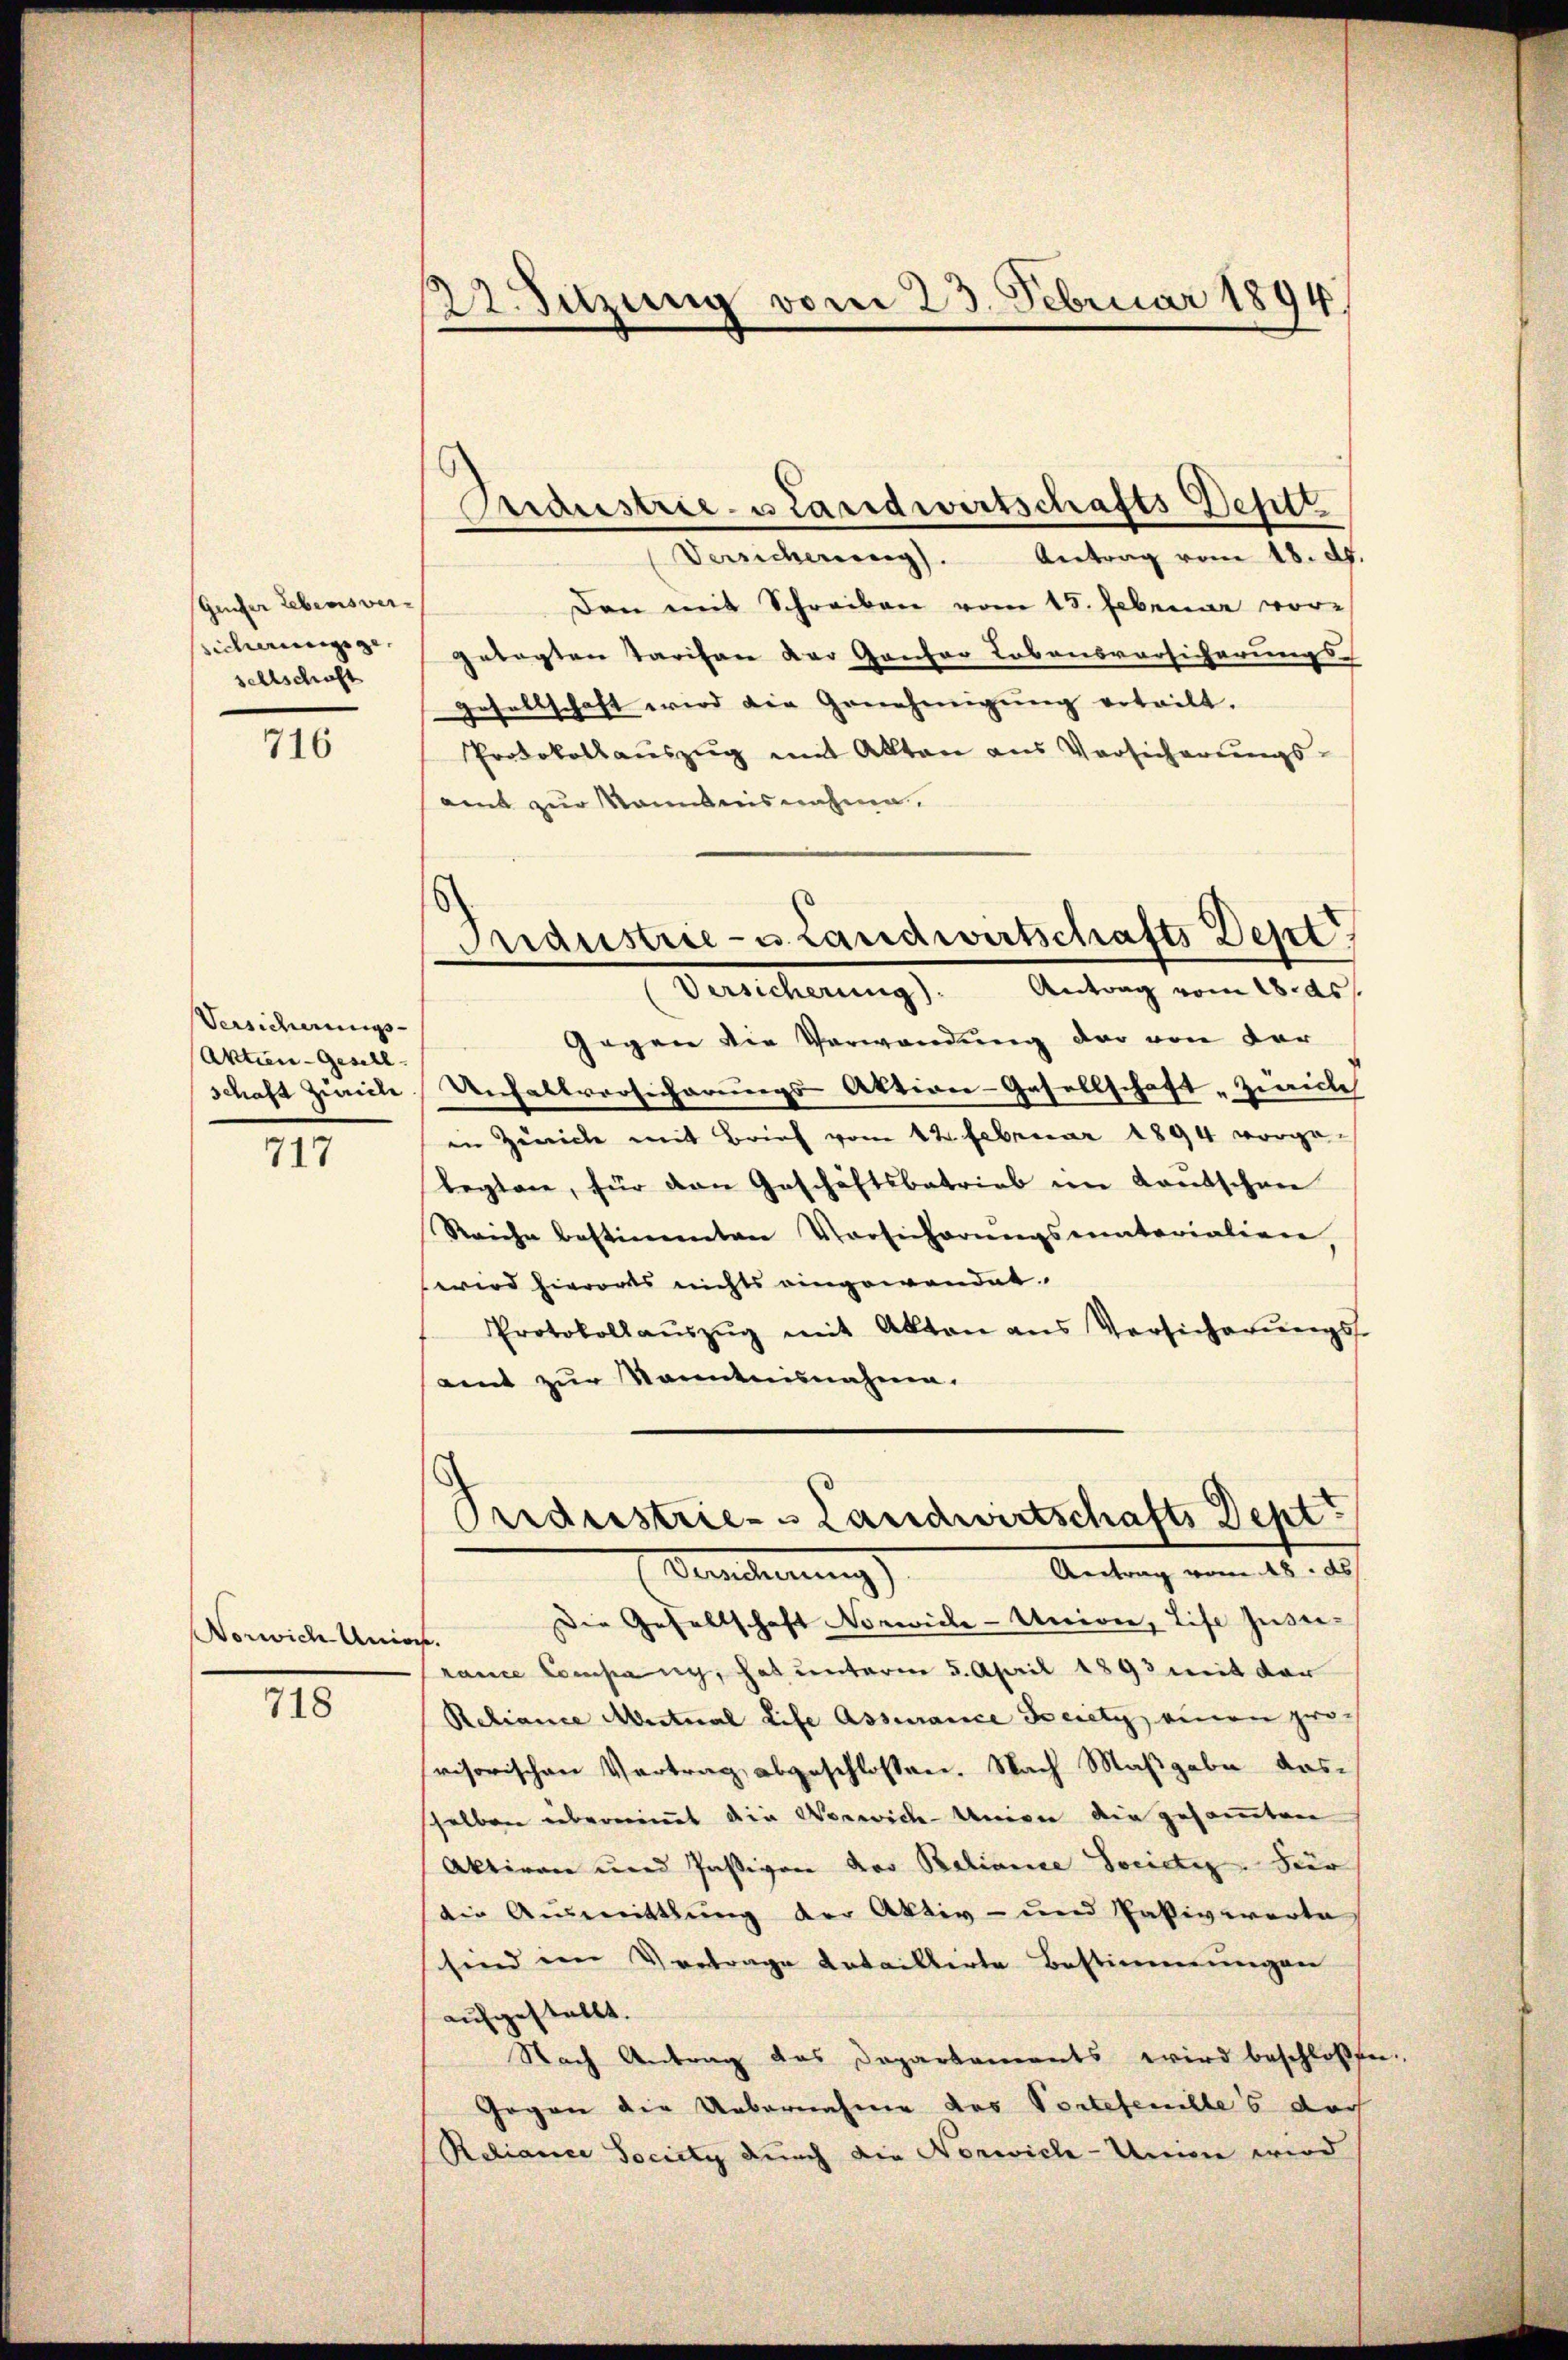
Geifer Lebensver-
sicherungsge- |
sehlschaft

716

Versicherungs-
Aktien-Gesell
schaft Zürich

717

Vorwich Unio

718

22. Sitzung vom 23. Februar 1894

idustrie- & Landwirtschafts Destt
Versicherung).
Antrag vom 18. d.
Den mit Schreiben vom 15. Februar vor-
getagten Tarifen der Ganzer Lobensversicherungs-
gesellschaft wird die Genehmigŭng erteilt.
Protokollauszug mit Alten aus Vorsicherungssamt zur Kenntnisnahme.
Gegen die Verwandung der von der
Denfallversicherungs-Aktion-Gesellschaft „Zwicke
in Zürich mit Brief vom 12. Februar 1894 vorga-
legten, für den Geschäftsbetrieb im Kantschnee
Reiche bestimmten Vorsicherŭngsmaterialien,
wird hierorts nichts eingewendet.
Protokollaŭszŭg mit Akten ans Versicherŭngs-
amt zur Kenntnisnahme.

Industrie- u. Landwirtschafts Dept
Antrag vom 18. ds
Versicherung

Priderstrie- & Landwirtschafts Deptt
Antrag vom 28. ds
Vereiterung

Die Gesellschaft Norwicke-Univer, Life zusen-
.
rance Compan, hat unterm 5. April 1893 mit der
Reliance Miteral Life Assurance Secreti, einen zwo-
visorischen Vertrag abgeschlossen. Nach Maßgabe dasselben übernimmt die Verwich-Union die gesammten
Aktiven und Jassiven vor Baliane Socictis. Hier
die Ausmittlung der Aktiv- und Paßivwerte
sind im Vertrage datailberte Bestimmungen
aufgestellt.
Nach Antrag das Departements wird beschlossen.
Gegen die Uebernahme des Portefenilles doch
Reliance Society durch die Norwich-Union wird